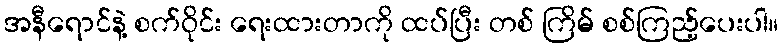
အနီရောင်နဲ့ စက်ဝိုင်း ရေးထားတာကို ထပ်ပြီး တစ် ကြိမ် စစ်ကြည့်ပေးပါ။